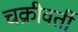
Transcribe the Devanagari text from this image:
चक्रीवर्ती